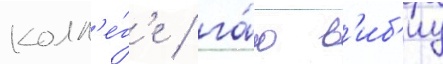
колл'е́г'е / га́ю в'иб'иу